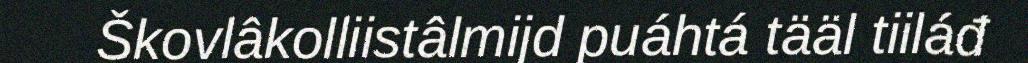
Škovlâkolliistâlmijd puáhtá tääl tiiláđ